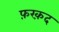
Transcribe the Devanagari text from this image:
फ़रक़द